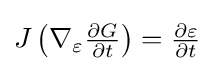
{\textstyle J\left(\nabla _{\varepsilon }{\frac {\partial G}{\partial t}}\right)={\frac {\partial \varepsilon }{\partial t}}}